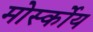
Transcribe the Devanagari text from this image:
मोर्स्कोय